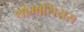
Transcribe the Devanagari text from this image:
थोमासियस